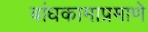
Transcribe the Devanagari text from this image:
बांधकामाप्रमाणे